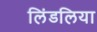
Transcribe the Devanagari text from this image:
लिंडलिया